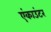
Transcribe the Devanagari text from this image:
एंकाउंटर